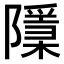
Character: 𨽌